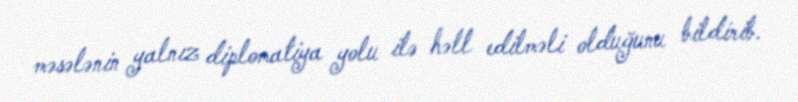
məsələnin yalnız diplomatiya yolu ilə həll edilməli olduğunu bildirib.